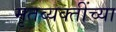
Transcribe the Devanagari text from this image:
मृतव्यक्तींच्या